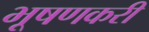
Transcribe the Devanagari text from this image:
भूषणकरी